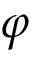
\varphi